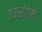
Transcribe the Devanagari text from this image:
एक्सोगेमी